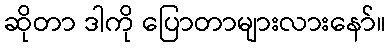
ဆိုတာ ဒါကို ပြောတာများလားနော်။